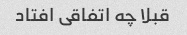
قبلا چه اتفاقی افتاد